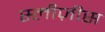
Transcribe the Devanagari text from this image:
स्लीज़ीस